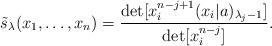
LaTeX: \begin{align*} \tilde s_\lambda (x_1,\dots, x_n)=\frac{ \det [x_i^{n-j+1}(x_i|a)_{\lambda_j-1} ] }{ \det[x^{n-j}_i] }. \end{align*}